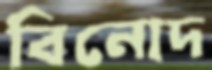
বিনোদ